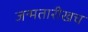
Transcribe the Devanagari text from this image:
जन्मतारीखच